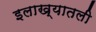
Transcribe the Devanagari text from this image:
इलाख्यातली